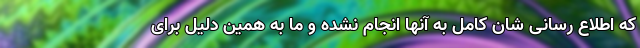
که اطلاع رسانی شان کامل به آنها انجام نشده و ما به همین دلیل برای